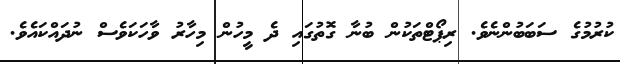
ކުރުމުގެ ސަބަބުންނެވެ. ރިޕޯޓްތަކުން ބުނާ ގޮތުގައި ދެ މީހުން މިހާރު ވާހަކަވެސް ނުދައްކައެވެ.